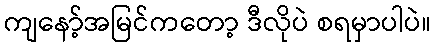
ကျနော့်အမြင်ကတော့ ဒီလိုပဲ စရမှာပါပဲ။